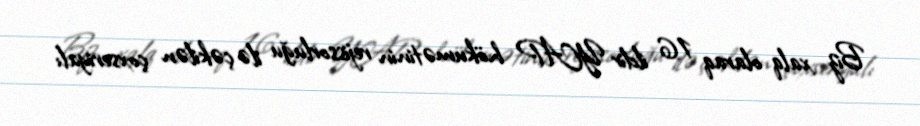
Biz xalq olaraq 16 ildir YAP hökumətinin rejissorluğu ilə çəkilən çoxseriyalı